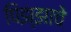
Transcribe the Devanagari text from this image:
पिझ्झाचे